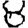
Digit: 8